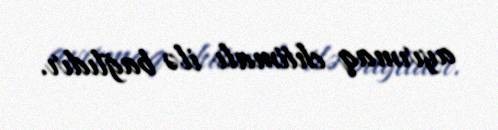
ayırmaq ehtimalı ilə bağlıdır.